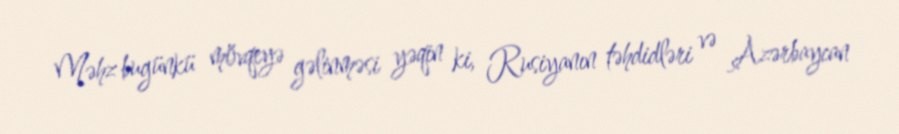
Məhz bugünkü mövqeyə gəlinməsi yəqin ki, Rusiyanın təhdidləri və Azərbaycan